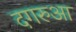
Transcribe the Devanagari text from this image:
दगरुआ